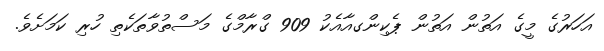
އަހަރުގެ މީގެ އަތުން އަތުން ޕެކިންގއާއެކު 909 ގްރާމްގެ މަސްތުވާތަކެތި ހުރި ކަމަށެވެ.